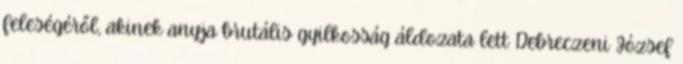
feleségéről, akinek anyja brutális gyilkosság áldozata lett Debreczeni József